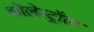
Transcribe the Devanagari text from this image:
कौलेस्ट्रॉल